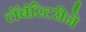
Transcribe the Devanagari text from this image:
लॅबॉरेटरीने